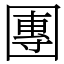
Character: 團